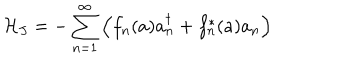
LaTeX: { \cal H } _ { J } = - \sum _ { n = 1 } ^ { \infty } \left( f _ { n } ( a ) a _ { n } ^ { \dagger } + f _ { n } ^ { * } ( a ) a _ { n } \right)